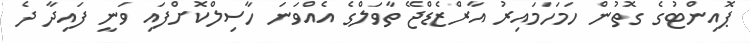
ޕޮއިންޓުގެ ގޮތުން ހަމަހަމައިރު އާރްޒެޑްޖޭ ތާވަލްގެ އެއްވަނަ ހާސިލްކޮށްފައި ވަނީ ފައިދާ ދެ